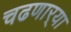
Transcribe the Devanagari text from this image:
चढणार्‍या